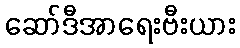
ဆော်ဒီအာရေးဗီးယား